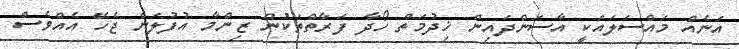
އަނެއް މައްސަލައަކީ އާސަންދައިން ޚިދުމަތް ހޯދާ ފަރާތްތަކުން ޒިންމާ އުފުލަން ޖެހޭ އެއްވެސް